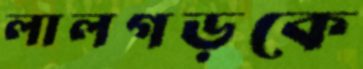
লালগড়কে